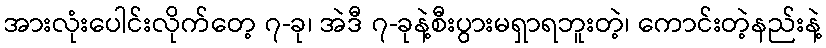
အားလုံးပေါင်းလိုက်တေ့ ၇-ခု၊ အဲဒီ ၇-ခုနဲ့စီးပွားမရှာရဘူးတဲ့၊ ကောင်းတဲ့နည်းနဲ့